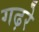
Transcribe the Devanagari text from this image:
गढ़रे